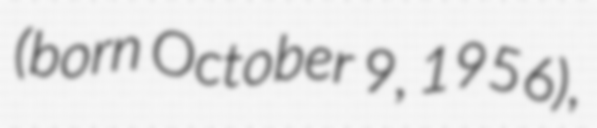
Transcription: (born October 9, 1956),